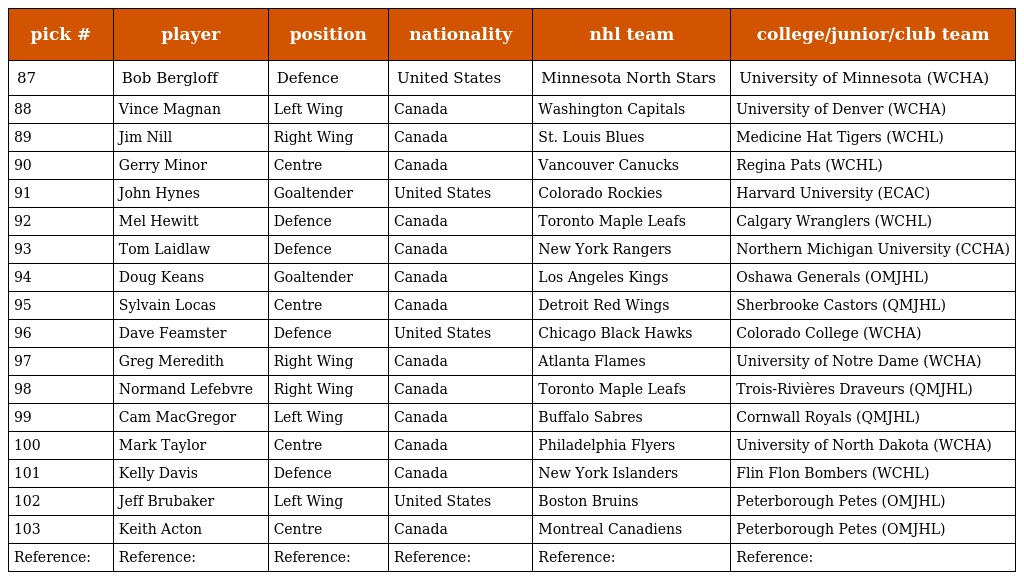
| pick # | player | position | nationality | nhl team | college/junior/club team |
 | --- | --- | --- | --- | --- | --- |
 | 87 | Bob Bergloff | Defence | United States | Minnesota North Stars | University of Minnesota (WCHA) |
 | 88 | Vince Magnan | Left Wing | Canada | Washington Capitals | University of Denver (WCHA) |
 | 89 | Jim Nill | Right Wing | Canada | St. Louis Blues | Medicine Hat Tigers (WCHL) |
 | 90 | Gerry Minor | Centre | Canada | Vancouver Canucks | Regina Pats (WCHL) |
 | 91 | John Hynes | Goaltender | United States | Colorado Rockies | Harvard University (ECAC) |
 | 92 | Mel Hewitt | Defence | Canada | Toronto Maple Leafs | Calgary Wranglers (WCHL) |
 | 93 | Tom Laidlaw | Defence | Canada | New York Rangers | Northern Michigan University (CCHA) |
 | 94 | Doug Keans | Goaltender | Canada | Los Angeles Kings | Oshawa Generals (OMJHL) |
 | 95 | Sylvain Locas | Centre | Canada | Detroit Red Wings | Sherbrooke Castors (QMJHL) |
 | 96 | Dave Feamster | Defence | United States | Chicago Black Hawks | Colorado College (WCHA) |
 | 97 | Greg Meredith | Right Wing | Canada | Atlanta Flames | University of Notre Dame (WCHA) |
 | 98 | Normand Lefebvre | Right Wing | Canada | Toronto Maple Leafs | Trois-Rivières Draveurs (QMJHL) |
 | 99 | Cam MacGregor | Left Wing | Canada | Buffalo Sabres | Cornwall Royals (QMJHL) |
 | 100 | Mark Taylor | Centre | Canada | Philadelphia Flyers | University of North Dakota (WCHA) |
 | 101 | Kelly Davis | Defence | Canada | New York Islanders | Flin Flon Bombers (WCHL) |
 | 102 | Jeff Brubaker | Left Wing | United States | Boston Bruins | Peterborough Petes (OMJHL) |
 | 103 | Keith Acton | Centre | Canada | Montreal Canadiens | Peterborough Petes (OMJHL) |
 | Reference: | Reference: | Reference: | Reference: | Reference: | Reference: |